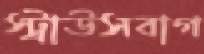
স্ট্রাউসবাগ